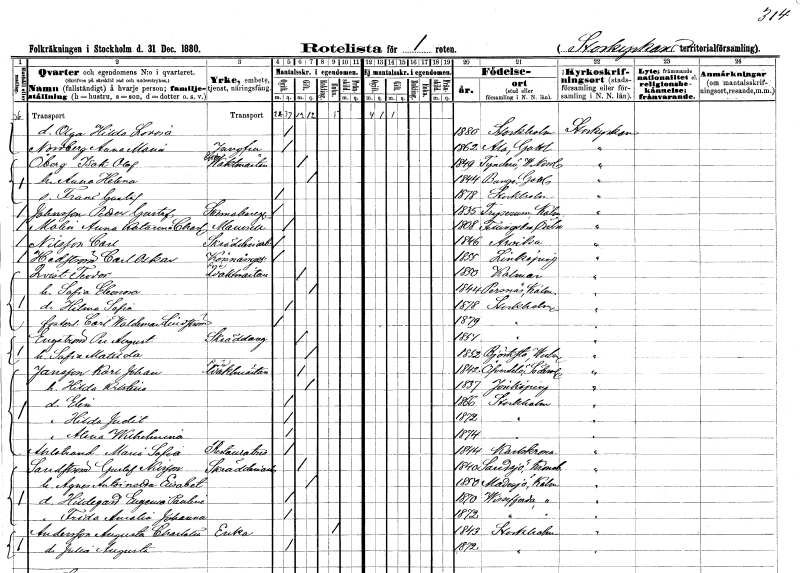
gt_parse: households: individuals: FN: Olga Hilda Lovisa
KON: K
CIV: O
FODAR: 1880
FODFORS: Stockholm
FN: Anna Maria
EN: Nordberg
YRKE: Jungfru
KON: K
CIV: O
FODAR: 1862
FODFORS: Ala Gotlands län
FN: Isak Olof
EN: Öberg
YRKE: Vaktmästare
KON: M
CIV: G
FODAR: 1849
FODFORS: Tynderö Västernorrlands län
FN: Anna Helena
KON: K
CIV: G
FODAR: 1844
FODFORS: Bunge Gotlands län
FN: Frans Gustaf
KON: M
CIV: O
FODAR: 1878
FODFORS: Stockholm
FN: Petter Gustaf
EN: Johnsson
YRKE: Skomakaregesäll
KON: M
CIV: O
FODAR: 1835
FODFORS: Tryserum Östergötlands län
FN: Anna Katarina Charlotta
EN: Molin
KON: K
CIV: O
FODAR: 1808
FODFORS: Fellingsbro Örebro län
FN: Carl
EN: Nilsson
YRKE: Skrädderiarbetare
KON: M
CIV: O
FODAR: 1846
FODFORS: Arvika Värmlands län
FN: Carl Oskar
EN: Hedström
YRKE: Körsnärsgesäll
KON: M
CIV: O
FODAR: 1855
FODFORS: Linköping Östergötlands län
FN: Teodor
EN: Qvist
YRKE: Vaktmästare
KON: M
CIV: G
FODAR: 1850
FODFORS: Kalmar Kalmar län
FN: Sofia Eleonora
KON: K
CIV: G
FODAR: 1844
FODFORS: Persnäs Kalmar län
FN: Hilma Sofia
KON: K
CIV: O
FODAR: 1878
FODFORS: Stockholm
FN: Carl Waldemar
EN: Lindström
KON: M
CIV: O
FODAR: 1879
FODFORS: Stockholm
FN: Per August
EN: Engström
YRKE: Skräddaregesäll
KON: M
CIV: G
FODAR: 1851
FODFORS: Stockholm
FN: Sofia Matilda
KON: K
CIV: G
FODAR: 1852
FODFORS: Björksta Västmanlands län
FN: Karl Johan
EN: Jansson
YRKE: Vaktmästare
KON: M
CIV: G
FODAR: 1842
FODFORS: Överselö Södermanlands län
FN: Hilda Kristina
KON: K
CIV: G
FODAR: 1837
FODFORS: Jönköping Jönköpings län
FN: Elin
KON: K
CIV: O
FODAR: 1866
FODFORS: Stockholm
FN: Hilda Judit
KON: K
CIV: O
FODAR: 1872
FODFORS: Stockholm
FN: Alma Wilhelmina
KON: K
CIV: O
FODAR: 1874
FODFORS: Stockholm
FN: Maria Sofia
EN: Ahlstrand
YRKE: Restauratrice
KON: K
CIV: O
FODAR: 1844
FODFORS: Karlskrona Blekinge län
FN: Gustaf
EN: Sandström Nilsson
YRKE: Skrädderiarbetare
KON: M
CIV: G
FODAR: 1840
FODFORS: Sandsjö Kronobergs län
FN: Agnes Antoinetta Elisabet
KON: K
CIV: G
FODAR: 1850
FODFORS: Madesjö Kalmar län
FN: Hildegard Eugenia Paulina
KON: K
CIV: O
FODAR: 1870
FODFORS: Vissefjärda Kalmar län
FN: Frida Amalia Johanna
KON: K
CIV: O
FODAR: 1872
FODFORS: Vissefjärda Kalmar län